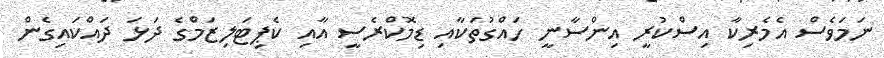
ނަމަވެސް އެމެރިކާ އިސްކުރީ އިންސާނީ ހައްގުތަކާއި ޑިމޮކްރެސީ އާއި ކެޕިޓަލިޒަމްގެ ދަޅަ ދައްކައިގެން